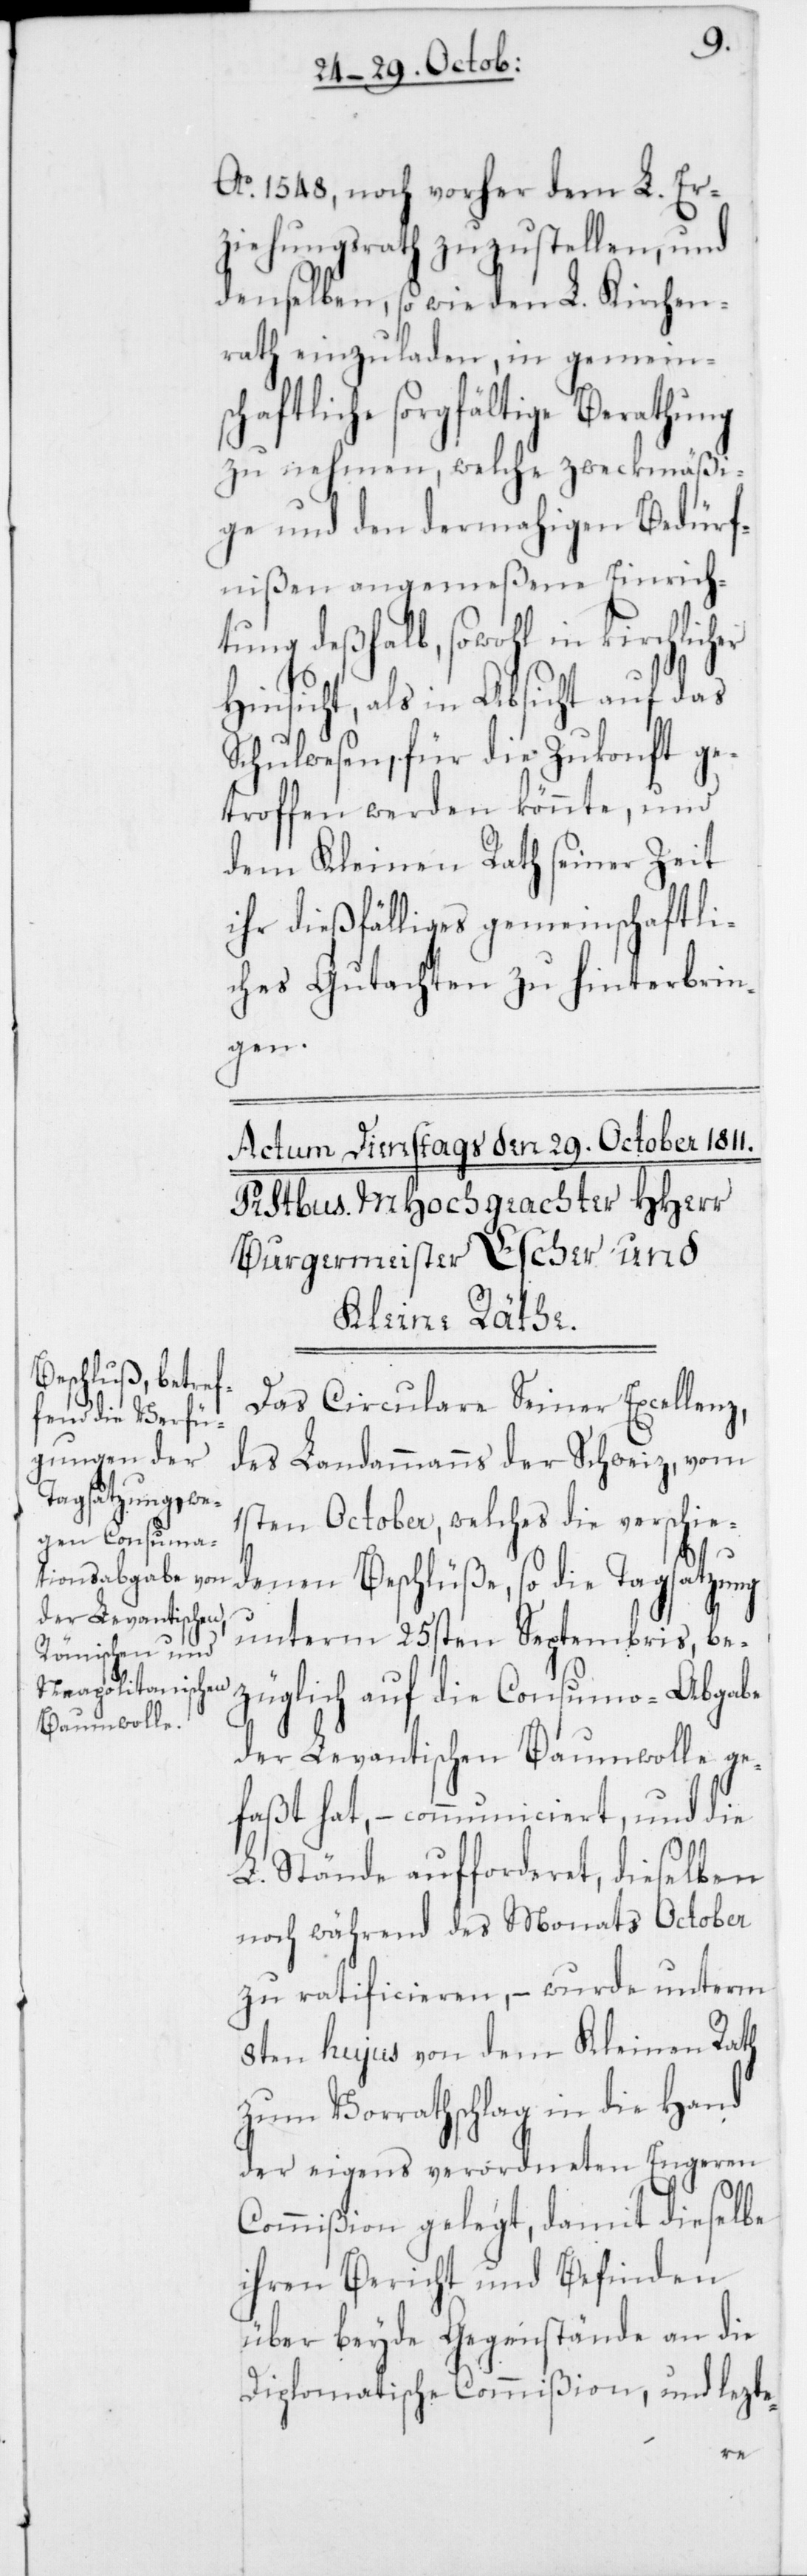
Ao. 1548, noch vorher dem L. Er¬
ziehungsrath zuzustellen, und
denselben, so wie den L. Kirchen¬
rath einzuladen, in gemein¬
haftliche sorgfältige Berathung
zu nehmen, welche zweckmäßi¬
ge und den dermahligen Bedürf¬
nißen angemeßene Einrich¬
tung deßhalb, sowohl in kirchlich¬
Hinsicht als in Absicht auf das
Schulwesen, für die Zukonft ge¬
troffen werden könnte, und
dem Kleinen Rath seiner Zeit
ihr dießfälliges gemeinschaftli¬
ches Gutachten zu hinterbrin¬
gen.
Das Circulare Seiner Excellenz,
des Landammanns der Schweiz, vom
1sten October, welches die verschie¬
sc¬
denen Beschlüße, so die Tagsatzung
unterm 25sten Septembris be¬
züglich auf die Consumo-Abgabe
der Levantischen Baumwolle ge¬
faßt hat, – communiciert, und die
L. Stände aufforderet, dieselben
noch während des Monats October
zu ratificieren, – wurde unterm
8ten hujus von dem Kleinen Rath
zum Vorrathschlag in die Hand
der eigens verordneten Engeren
Commißion gelegt, damit dieselbe
ihren Bericht und Befinden
über beyde Gegenstände an die
Diplomatische Commißion, und lezte-
er